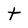
Character: t